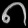
Digit: ၈